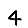
Digit: 4